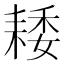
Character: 𦓽